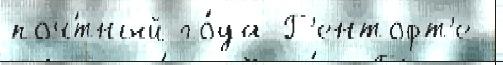
поч́тный го́да Г'ентофт'е